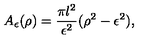
A _ { \epsilon } ( \rho ) = { \frac { \pi l ^ { 2 } } { \epsilon ^ { 2 } } } ( \rho ^ { 2 } - \epsilon ^ { 2 } ) ,